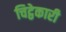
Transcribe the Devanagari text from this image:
चिट्ठेकारी